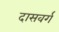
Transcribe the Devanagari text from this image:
दासवर्ग